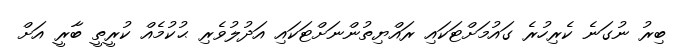
ބިރު ނުގަނެ ކެރިހުރެ ގައުމަށްޓަކައި ރައްޔިތުންނަށްޓަކައި އަދުލުވެރި ޙުކުމެއް ކުރީތީ ބާރީ އަށް